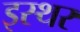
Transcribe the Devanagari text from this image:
इस्थर